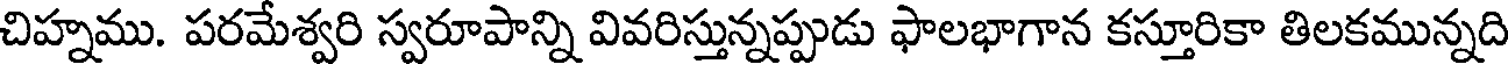
చిహ్నము. పరమేశ్వరి స్వరూపాన్ని వివరిస్తున్నప్పుడు ఫాలభాగాన కస్తూరికా తిలకమున్నది